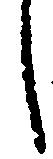
し